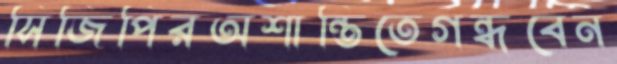
সিজিপিরঅশান্তিতেগন্ধবেন